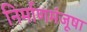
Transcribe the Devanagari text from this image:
निर्माणमंजूषा